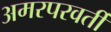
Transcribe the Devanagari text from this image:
अमरपरवर्ती